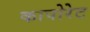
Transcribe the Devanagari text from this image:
कापोरेट